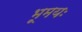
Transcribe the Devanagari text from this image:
भूमयः